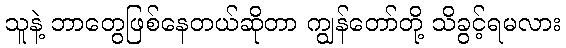
သူနဲ့ ဘာတွေဖြစ်နေတယ်ဆိုတာ ကျွန်တော်တို့ သိခွင့်ရမလား